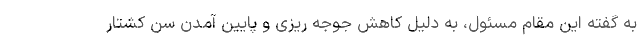
به گفته این مقام مسئول، به دلیل کاهش جوجه ریزی و پایین آمدن سن کشتار